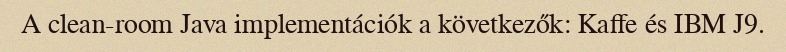
A clean-room Java implementációk a következők: Kaffe és IBM J9.